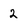
Character: 2